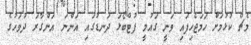
މެޗް ކުޅުމަށް ހަމަޖެހިފައި ވަނީ ގައުމީ ފުޓްބޯޅަ ދަނޑުގައި އަންނަ އަންގާރަ ދުވަހުގެ